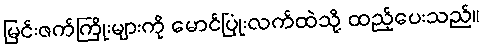
မြင်းဇက်ကြိုးများကို မောင်ပြုံးလက်ထဲသို့ ထည့်ပေးသည်။